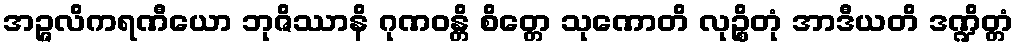
အဉ္ဇလိကရဏီယော ဘုဇိဿာနိ ဂုဏဝန္တိ စိတ္တေ သုဏောတိ လုဉ္စိတုံ အာဒီယတိ ဒဏ္ဍိတ္တံ